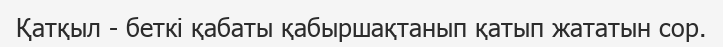
Қатқыл - беткі қабаты қабыршақтанып қатып жататын сор.